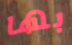
بها